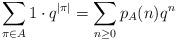
LaTeX: \begin{align*}\sum_{\pi\in A} 1 \cdot q^{|\pi|} = \sum_{n\geq 0} p_A(n) q^n\end{align*}